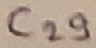
Text: C29